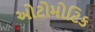
ઓટોમોટિક